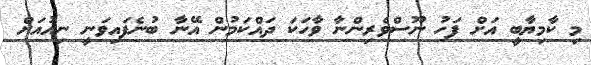
މި ކާމިޔާބީ އަށް ފަހު ނޫސްވެރިންނާ ވާހަކަ ދައްކަމުން އޭނާ ބުނެފައިވަނީ ނިއުއަށް